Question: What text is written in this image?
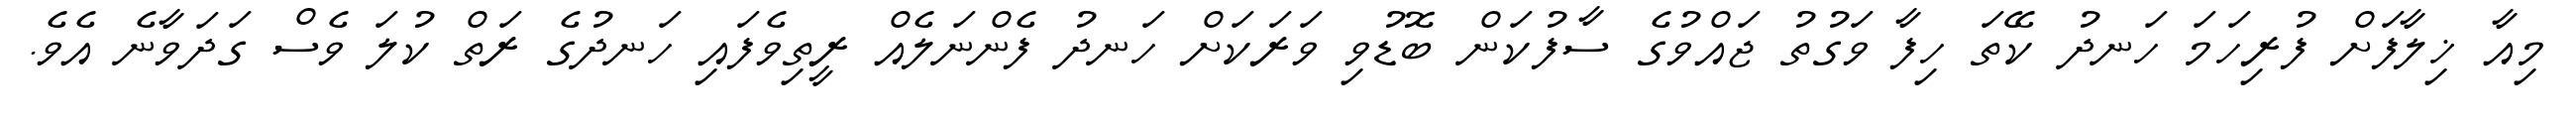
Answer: މިއާ ޚިލާފަށް ފުރިހަމަ ހަނދު ކޭތަ ހިފާ ވަގުތު ޖައްވުގެ ސާފުކަން ބޮޑުވި ވަރަކަށް ހަނދު ފެންނަލެއް ރީތިވެފައި ހަނދުގެ ރަތް ކުލަ ވެސް ގަދަވާނެ އެވެ.